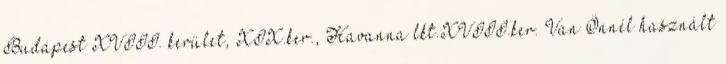
Budapest XVIII. kerület, XIX.ker., Havanna lkt.XVIII.ker. Van Önnél használt